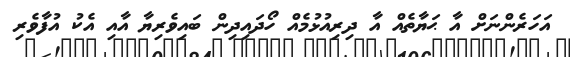
އަހަރެންނަށް އާ ޙަޔާތެއް އާ ދިރިއުޅުމެއް ހޯދައިދިން ބައިވެރިޔާ އާއި އެކު އުފާވެރި